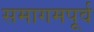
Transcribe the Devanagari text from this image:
समागमपूर्व